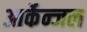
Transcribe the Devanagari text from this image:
आर्केन्जल